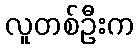
လူတစ်ဦးက